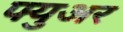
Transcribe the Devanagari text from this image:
फ्युअर